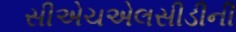
સીએચએલસીડીની